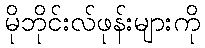
မိုဘိုင်းလ်ဖုန်းများကို